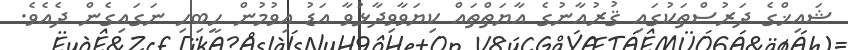
ޝައިޚްގެ ދަރުސްތަކުގައި ޤުރުއާނުގެ އާޔަތްތައް ކިޔަވާވިދާޅުވާ އަޑު އިވުމުން ހީބިހި ނަގައިގެން ދެއެވެ.